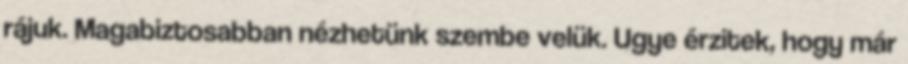
rájuk. Magabiztosabban nézhetünk szembe velük. Ugye érzitek, hogy már